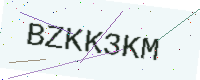
Text: BZKK3KM